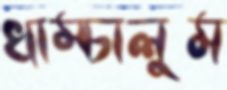
খাম্‌চালুম